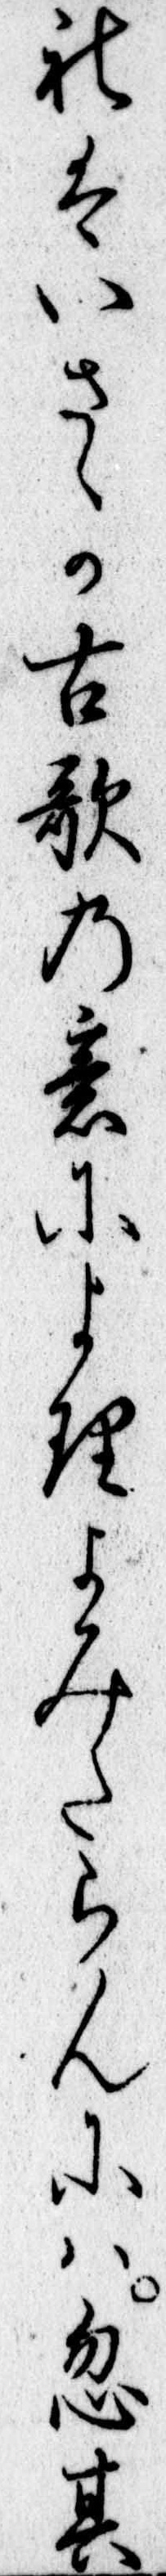
れはいさゝか古歌の意によりよみたらんには忽其